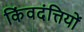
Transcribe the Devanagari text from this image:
किंवदंत्तियों